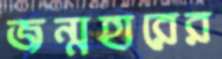
জন্মহারের